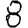
Digit: 8